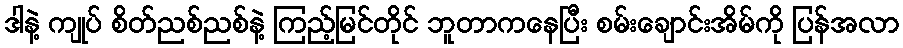
ဒါနဲ့ ကျုပ် စိတ်ညစ်ညစ်နဲ့ ကြည့်မြင်တိုင် ဘူတာကနေပြီး စမ်းချောင်းအိမ်ကို ပြန်အလာ